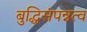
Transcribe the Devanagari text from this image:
बुद्धिसंपन्नत्व